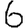
Digit: 6